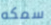
سمكه